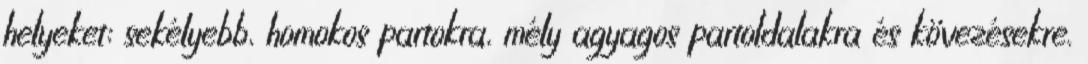
helyeket: sekélyebb, homokos partokra, mély agyagos partoldalakra és kövezésekre.